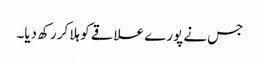
جس نے پورے علاقے کو ہلا کر رکھ دیا۔